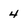
Character: 4